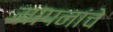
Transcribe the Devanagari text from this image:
मापनांचे